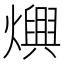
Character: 𤑍